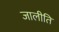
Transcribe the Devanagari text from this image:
जालीति